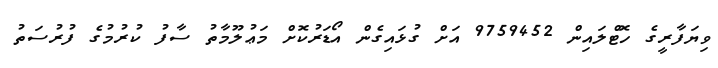
ވިޔަފާރީގެ ހޮޓްލައިން 9759452 އަށް ގުޅައިގެން އޯޑަރުކޮށް މަޢުލޫމާތު ސާފު ކުރުމުގެ ފުރުސަތު